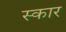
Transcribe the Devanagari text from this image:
स्‍कार